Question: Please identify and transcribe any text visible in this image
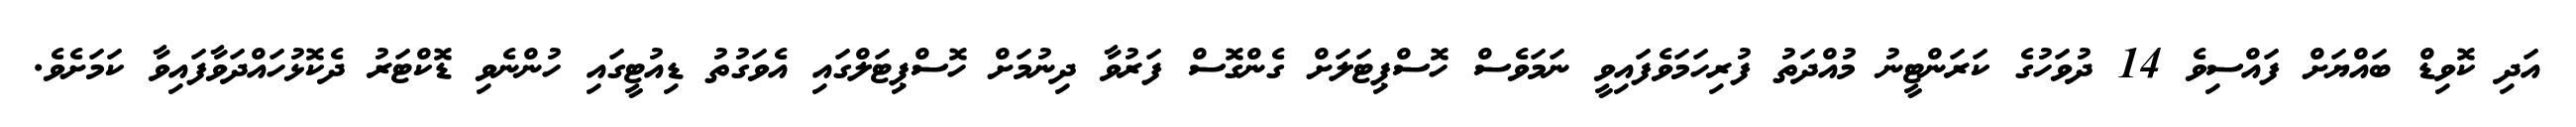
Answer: އަދި ކޮވިޑް ބައްޔަށް ފައްސިވެ 14 ދުވަހުގެ ކަރަންޓީނު މުއްދަތު ފުރިހަމަވެފައިވީ ނަމަވެސް ހޮސްޕިޓަލަށް ގެންގޮސް ފަރުވާ ދިނުމަށް ހޮސްޕިޓަލްގައި އެވަގުތު ޑިއުޓީގައި ހުންނެވި ޑޮކްޓަރު ދެކޮޅުހައްދަވާފައިވާ ކަމަށެވެ.